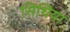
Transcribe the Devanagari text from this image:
सिधिया